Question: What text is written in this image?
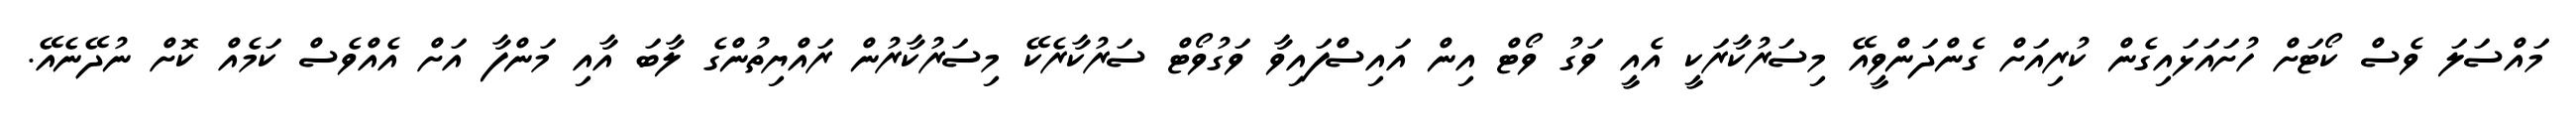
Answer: މައްސަލަ ވެސް ކޯޓަށް ހުށައަޅައިގެން ކުރިއަށް ގެންދަންވީއޭ މިސަރުކާރަކީ އެއީ ވަގު ވޯޓް އިން އައިސްފައިވާ ވަގުވޯޓް ސަރުކާރެކޭ މިސަރުކާރުން ރައްޔިތުންގެ ލާބަ އާއި މަންފާ އަށް އެއްވެސް ކަމެއް ކޮށް ނުދޭނެއޭ.